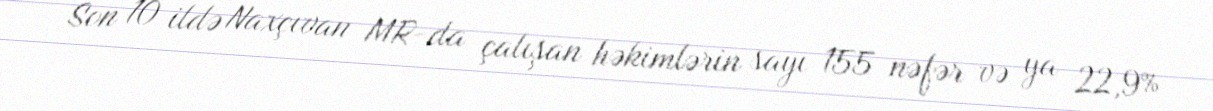
Son 10 ildə Naxçıvan MR-da çalışan həkimlərin sayı 155 nəfər və ya 22,9%